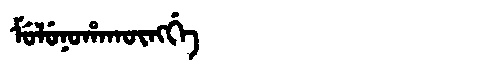
Manchu: ᠮᡠᠯᡠᠨᠣᡥᠠᡴᡡᠩᡤᡝ
Romanization: MULUNOHAKŪNGGE